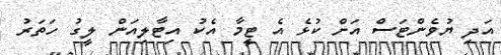
އަދި ޔުވެންޓަސް އަށް ކުޅެ އެ ޓީމާ އެކު އިޓާލިއަން ލީގު ހަތަރު